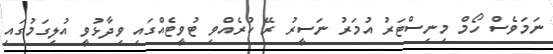
ނަމަވެސް ހޯމް މިނިސްޓަރު އުމަރު ނަސީރު ރޭ ކުރެއްވި ޓުވީޓެއްގައި ވިދާޅުވީ އުލިގަމުގައި